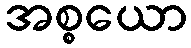
အစ္စယော